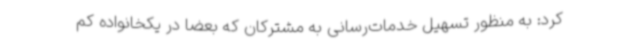
کرد: به منظور تسهیل خدمات‌رسانی به مشترکان که بعضا در یکخانواده کم